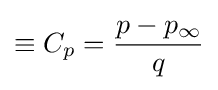
\equiv C_{p}={\dfrac {p-p_{\infty }}{q}}